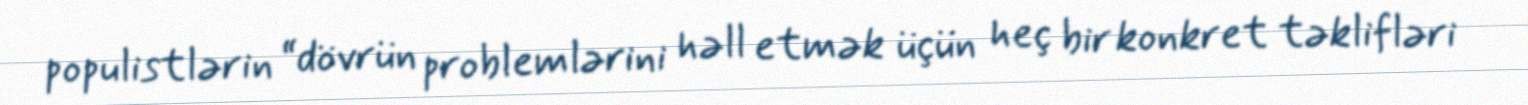
populistlərin “dövrün problemlərini həll etmək üçün heç bir konkret təklifləri